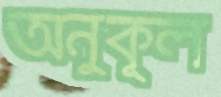
অনুকূল